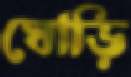
ঘোড়ি